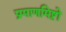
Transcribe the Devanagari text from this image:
प्रमाणमिष्टो